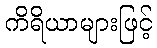
ကိရိယာများဖြင့်